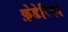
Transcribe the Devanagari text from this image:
फ़ेडेरिको